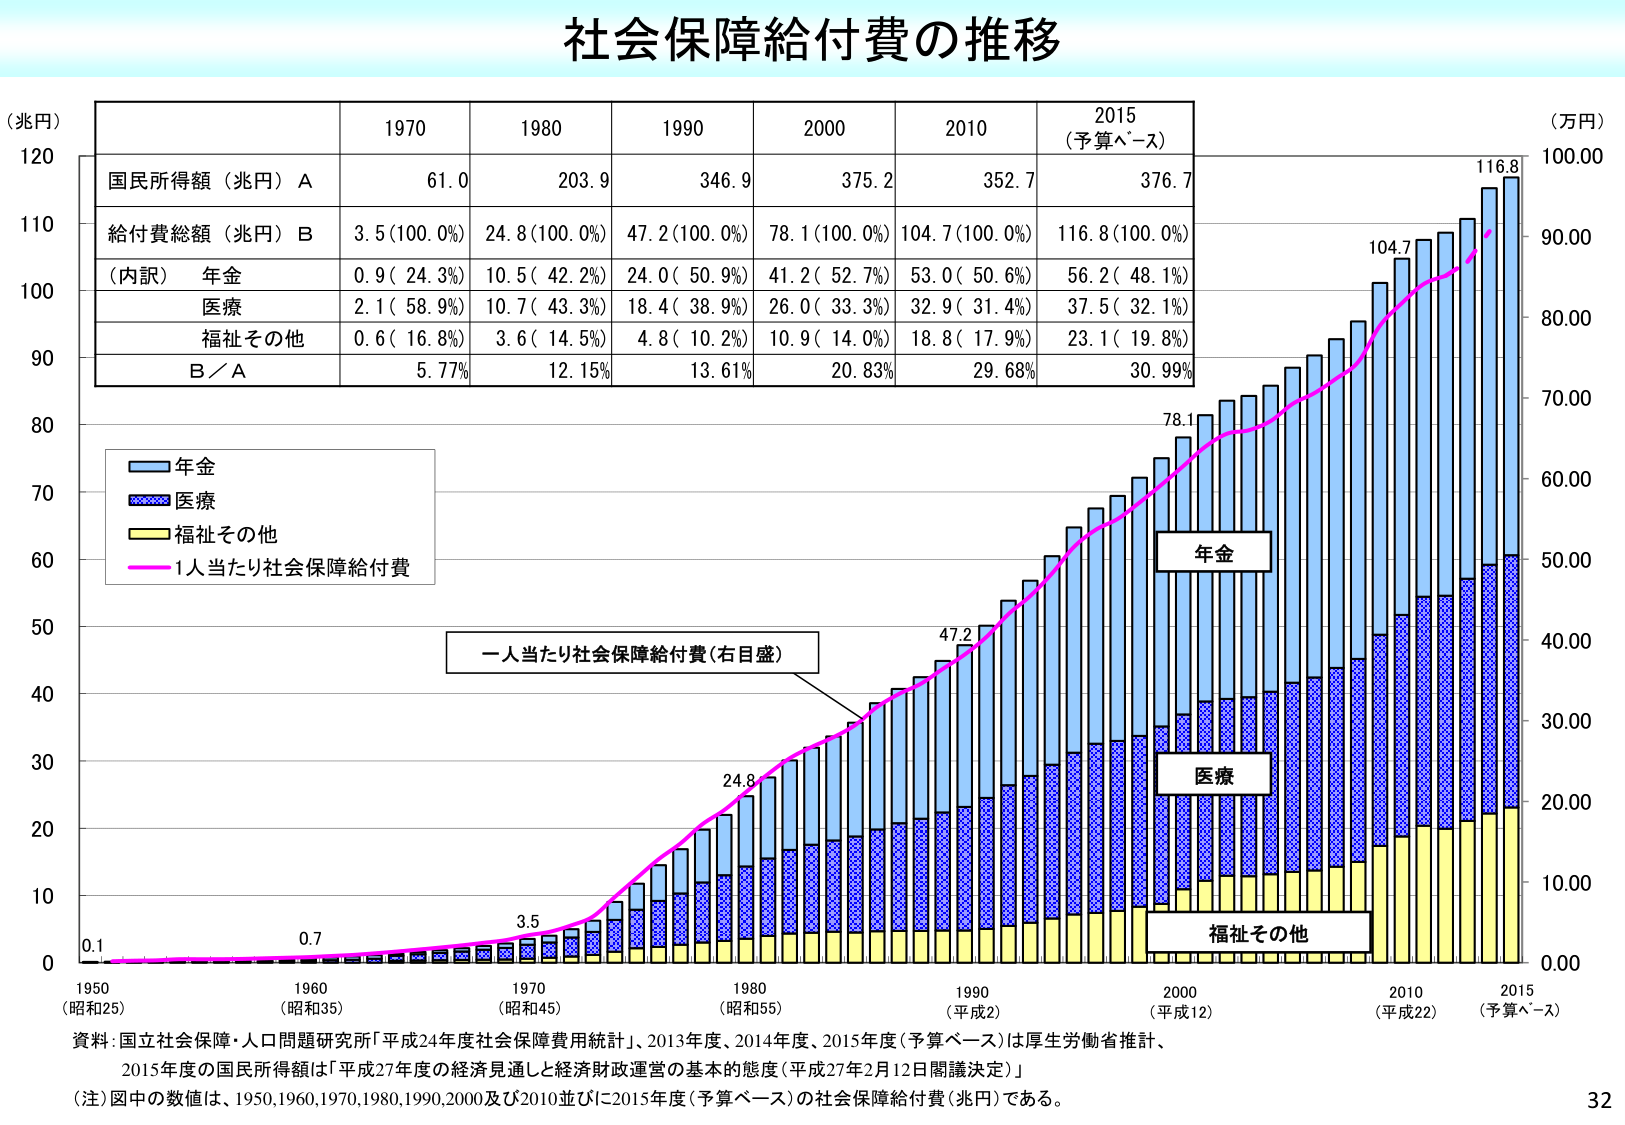
社会保障給付費の推移

（兆円）
120
110
100
90
80
70
60
50
40
30
20
10
0

1970
1980
1990
2000
2010
2015
（予算ベース）

国民所得額（兆円）A
61.0
203.9
346.9
375.2
352.7
376.7

給付費総額（兆円）B
3.5（100.0%）
24.8（100.0%）
47.2（100.0%）
78.1（100.0%）
104.7（100.0%）
116.8（100.0%）

（内訳）
年金
0.9（24.3%）
10.5（42.2%）
24.0（50.9%）
41.2（52.7%）
53.0（50.6%）
56.2（48.1%）

医療
2.1（58.9%）
10.7（43.3%）
18.4（38.9%）
26.0（33.3%）
32.9（31.4%）
37.5（32.1%）

福祉その他
0.6（16.8%）
3.6（14.5%）
4.8（10.2%）
10.9（14.0%）
18.8（17.9%）
23.1（19.8%）

B／A
5.77%
12.15%
13.61%
20.83%
29.68%
30.99%

（万円）
100.00
90.00
80.00
70.00
60.00
50.00
40.00
30.00
20.00
10.00
0.00

年金
医療
福祉その他
1人当たり社会保障給付費

0.1
0.7
3.5
24.8
47.2
78.1
104.7
116.8

1950
（昭和25）
1960
（昭和35）
1970
（昭和45）
1980
（昭和55）
1990
（平成2）
2000
（平成12）
2010
（平成22）
2015
（予算ベース）

一人当たり社会保障給付費（右目盛）

資料：国立社会保障・人口問題研究所「平成24年度社会保障費用統計」、2013年度、2014年度、2015年度（予算ベース）は厚生労働省推計、
2015年度の国民所得額は「平成27年度の経済見通しと経済財政運営の基本的態度（平成27年2月12日閣議決定）」
（注）図中の数値は、1950,1960,1970,1980,1990,2000及び2010並びに2015年度（予算ベース）の社会保障給付費（兆円）である。

32